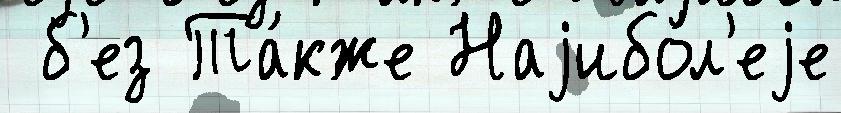
 б'ез Та́кже Наjибо́л'еjе